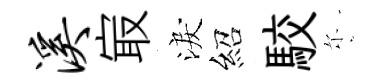
溪㝡淚紹駮尓